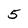
Character: 5